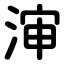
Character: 渖